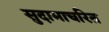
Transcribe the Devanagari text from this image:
सुदामाचरित